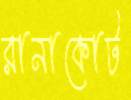
রানাকোট